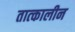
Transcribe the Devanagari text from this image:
तात्‍कालीन